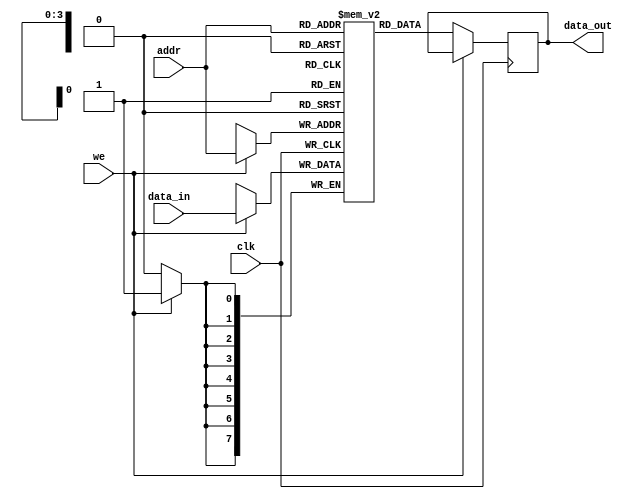
module single_port_ram #(
    parameter DATA_WIDTH = 8,  // Number of bits in each data word
    parameter ADDR_WIDTH = 4   // Number of bits for addressing (2^ADDR_WIDTH = DEPTH)
) (
    input wire clk,             // Clock signal
    input wire we,              // Write enable signal
    input wire [ADDR_WIDTH-1:0] addr, // Address input
    input wire [DATA_WIDTH-1:0] data_in, // Input data bus
    output reg [DATA_WIDTH-1:0] data_out // Output data bus
);

    // Calculate the depth of the RAM
    localparam DEPTH = 1 << ADDR_WIDTH;

    // Memory array declaration
    reg [DATA_WIDTH-1:0] ram [0:DEPTH-1];

    // Synchronous read/write operation
    always @(posedge clk) begin
        if (we) begin
            // Write operation
            ram[addr] <= data_in;
        end else begin
            // Read operation
            data_out <= ram[addr];
        end
    end

    // Optional: Asynchronous reset (uncomment if needed)
    /*
    always @(posedge clk or posedge reset) begin
        if (reset) begin
            integer i;
            for (i = 0; i < DEPTH; i = i + 1) begin
                ram[i] <= {DATA_WIDTH{1'b0}}; // Initialize memory to zero
            end
        end
    end
    */

endmodule